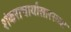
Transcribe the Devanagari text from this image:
शंकराचार्यांसारख्या